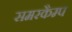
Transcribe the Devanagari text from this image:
समरकैम्प